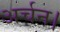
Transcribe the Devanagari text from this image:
अर्चन।